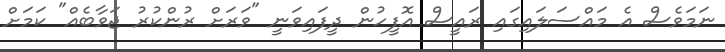
ނަމަވެސް އެ މައްސަލައިގައި ރައީސް އޮފީހުން ދީފައިވަނީ "ވަރަށް ރުންކުރު ޖަވާބެއް" ކަމަށް